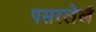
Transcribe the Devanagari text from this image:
पसरलेलं